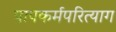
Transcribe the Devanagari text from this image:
पापकर्मपरित्याग